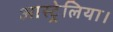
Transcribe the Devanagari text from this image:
आस्ट्रेलिया।